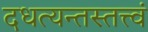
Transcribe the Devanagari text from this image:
दधत्यन्तस्तत्त्वं